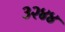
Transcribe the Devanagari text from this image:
३२४४